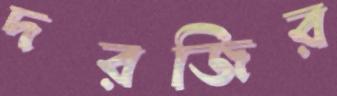
দরজির